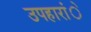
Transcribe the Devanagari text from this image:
उपहारांे